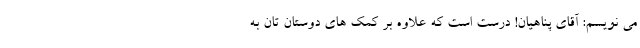
می نویسم: آقای پناهیان! درست است که علاوه بر کمک های دوستان تان به